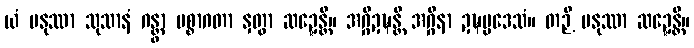
ယံ မနုဿာ သုသာနံ ဂန္တွာ ပစ္စာဂတာ နှတွာ ဆဍ္ဍေန္တိ။ အဂ္ဂိဍဍ္ဎန္တိ အဂ္ဂိနာ ဍဍ္ဎပ္ပဒေသံ။ တဉှိ မနုဿာ ဆဍ္ဍေန္တိ။